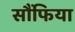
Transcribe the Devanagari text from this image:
सौंफिया